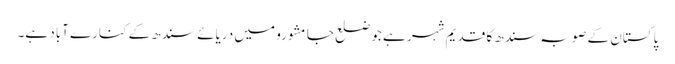
پاکستان کے صوبہ سندھ کا قدیم شہر ہے جو ضلع جامشورو میں دریائے سندھ کے کنارے آباد ہے۔